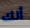
أنك